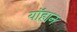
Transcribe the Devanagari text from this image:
यॉहान